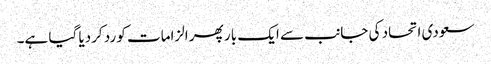
سعودی اتحاد کی جانب سے ایک بار پھر الزامات کو رد کردیا گیا ہے۔